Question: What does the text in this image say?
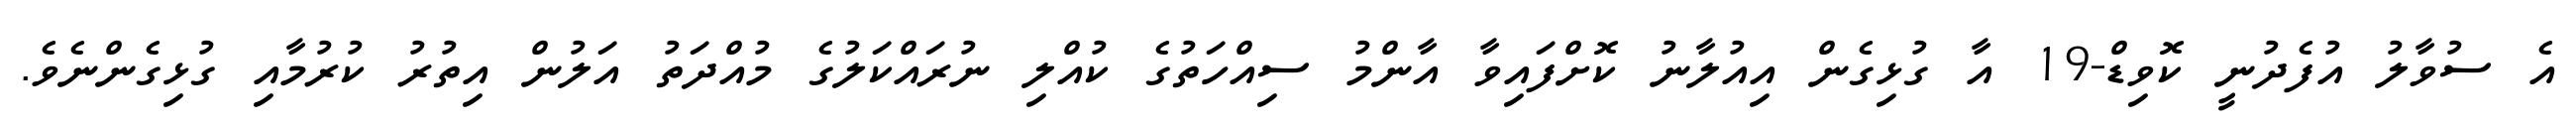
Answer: އެ ސުވާލު އުފެދުނީ ކޮވިޑް-19 އާ ގުޅިގެން އިއުލާނު ކޮށްފައިވާ އާންމު ސިއްހަތުގެ ކުއްލި ނުރައްކަލުގެ މުއްދަތު އަލުން އިތުރު ކުރުމާއި ގުޅިގެންނެވެ.